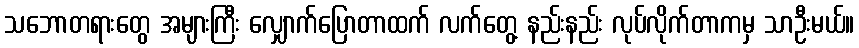
သဘောတရားတွေ အများကြီး လျှောက်ပြောတာထက် လက်တွေ့ နည်းနည်း လုပ်လိုက်တာကမှ သာဦးမယ်။